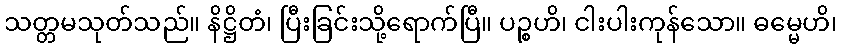
သတ္တမသုတ်သည်။ နိဋ္ဌိတံ၊ ပြီးခြင်းသို့ရောက်ပြီ။ ပဉ္စဟိ၊ ငါးပါးကုန်သော။ ဓမ္မေဟိ၊